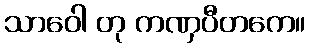
သာဝေါ တု ကဏှပီတကေ။